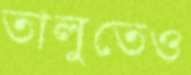
তালুতেও